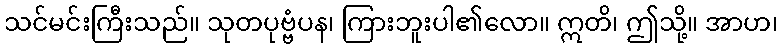
သင်မင်းကြီးသည်။ သုတပုဗ္ဗံပန၊ ကြားဘူးပါ၏လော။ ဣတိ၊ ဤသို့။ အာဟ၊